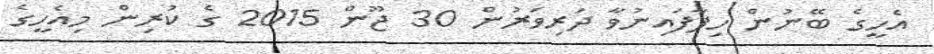
އެހީގެ ބޭނުން ހިފާފައިނުވާ ދަރިވަރުން 30 ޖޫން 2015 ގެ ކުރިން މިއެހީގެ